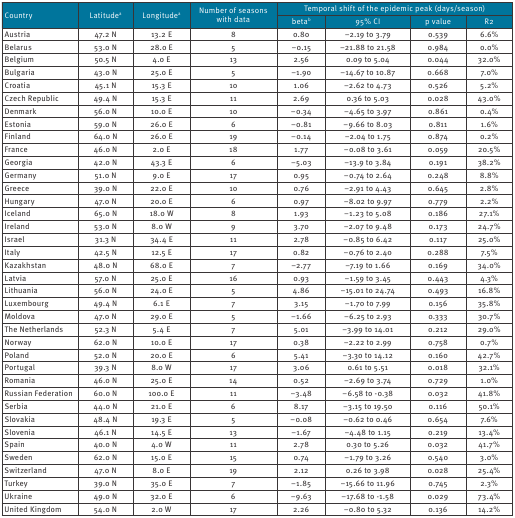
<table><thead><tr><td rowspan="2"><b>Country</b></td><td rowspan="2"><b>Latitude<sup>a</sup></b></td><td rowspan="2"><b>Longitude<sup>a</sup></b></td><td rowspan="2"><b>Number of seasons with data</b></td><td colspan="4"><b>Temporal shift of the epidemic peak (days/season)</b></td></tr><tr><td><b>beta<sup>b</sup></b></td><td><b>95% CI</b></td><td><b>p value</b></td><td><b>R2</b></td></tr></thead><tbody><tr><td>Austria</td><td>47.2 N</td><td>13.2 E</td><td>8</td><td>0.80</td><td>−2.19 to 3.79</td><td>0.539</td><td>6.6%</td></tr><tr><td>Belarus</td><td>53.0 N</td><td>28.0 E</td><td>5</td><td>−0.15</td><td>−21.88 to 21.58</td><td>0.984</td><td>0.0%</td></tr><tr><td>Belgium</td><td>50.5 N</td><td>4.0 E</td><td>13</td><td>2.56</td><td>0.09 to 5.04</td><td>0.044</td><td>32.0%</td></tr><tr><td>Bulgaria</td><td>43.0 N</td><td>25.0 E</td><td>5</td><td>−1.90</td><td>−14.67 to 10.87</td><td>0.668</td><td>7.0%</td></tr><tr><td>Croatia</td><td>45.1 N</td><td>15.3 E</td><td>10</td><td>1.06</td><td>−2.62 to 4.73</td><td>0.526</td><td>5.2%</td></tr><tr><td>Czech Republic</td><td>49.4 N</td><td>15.3 E</td><td>11</td><td>2.69</td><td>0.36 to 5.03</td><td>0.028</td><td>43.0%</td></tr><tr><td>Denmark</td><td>56.0 N</td><td>10.0 E</td><td>10</td><td>−0.34</td><td>−4.65 to 3.97</td><td>0.861</td><td>0.4%</td></tr><tr><td>Estonia</td><td>59.0 N</td><td>26.0 E</td><td>6</td><td>−0.81</td><td>−9.66 to 8.03</td><td>0.811</td><td>1.6%</td></tr><tr><td>Finland</td><td>64.0 N</td><td>26.0 E</td><td>19</td><td>−0.14</td><td>−2.04 to 1.75</td><td>0.874</td><td>0.2%</td></tr><tr><td>France</td><td>46.0 N</td><td>2.0 E</td><td>18</td><td>1.77</td><td>−0.08 to 3.61</td><td>0.059</td><td>20.5%</td></tr><tr><td>Georgia</td><td>42.0 N</td><td>43.3 E</td><td>6</td><td>−5.03</td><td>−13.9 to 3.84</td><td>0.191</td><td>38.2%</td></tr><tr><td>Germany</td><td>51.0 N</td><td>9.0 E</td><td>17</td><td>0.95</td><td>−0.74 to 2.64</td><td>0.248</td><td>8.8%</td></tr><tr><td>Greece</td><td>39.0 N</td><td>22.0 E</td><td>10</td><td>0.76</td><td>−2.91 to 4.43</td><td>0.645</td><td>2.8%</td></tr><tr><td>Hungary</td><td>47.0 N</td><td>20.0 E</td><td>6</td><td>0.97</td><td>−8.02 to 9.97</td><td>0.779</td><td>2.2%</td></tr><tr><td>Iceland</td><td>65.0 N</td><td>18.0 W</td><td>8</td><td>1.93</td><td>−1.23 to 5.08</td><td>0.186</td><td>27.1%</td></tr><tr><td>Ireland</td><td>53.0 N</td><td>8.0 W</td><td>9</td><td>3.70</td><td>−2.07 to 9.48</td><td>0.173</td><td>24.7%</td></tr><tr><td>Israel</td><td>31.3 N</td><td>34.4 E</td><td>11</td><td>2.78</td><td>−0.85 to 6.42</td><td>0.117</td><td>25.0%</td></tr><tr><td>Italy</td><td>42.5 N</td><td>12.5 E</td><td>17</td><td>0.82</td><td>−0.76 to 2.40</td><td>0.288</td><td>7.5%</td></tr><tr><td>Kazakhstan</td><td>48.0 N</td><td>68.0 E</td><td>7</td><td>−2.77</td><td>−7.19 to 1.66</td><td>0.169</td><td>34.0%</td></tr><tr><td>Latvia</td><td>57.0 N</td><td>25.0 E</td><td>16</td><td>0.93</td><td>−1.59 to 3.45</td><td>0.443</td><td>4.3%</td></tr><tr><td>Lithuania</td><td>56.0 N</td><td>24.0 E</td><td>5</td><td>4.86</td><td>−15.01 to 24.74</td><td>0.493</td><td>16.8%</td></tr><tr><td>Luxembourg</td><td>49.4 N</td><td>6.1 E</td><td>7</td><td>3.15</td><td>−1.70 to 7.99</td><td>0.156</td><td>35.8%</td></tr><tr><td>Moldova</td><td>47.0 N</td><td>29.0 E</td><td>5</td><td>−1.66</td><td>−6.25 to 2.93</td><td>0.333</td><td>30.7%</td></tr><tr><td>The Netherlands</td><td>52.3 N</td><td>5.4 E</td><td>7</td><td>5.01</td><td>−3.99 to 14.01</td><td>0.212</td><td>29.0%</td></tr><tr><td>Norway</td><td>62.0 N</td><td>10.0 E</td><td>17</td><td>0.38</td><td>−2.22 to 2.99</td><td>0.758</td><td>0.7%</td></tr><tr><td>Poland</td><td>52.0 N</td><td>20.0 E</td><td>6</td><td>5.41</td><td>−3.30 to 14.12</td><td>0.160</td><td>42.7%</td></tr><tr><td>Portugal</td><td>39.3 N</td><td>8.0 W</td><td>17</td><td>3.06</td><td>0.61 to 5.51</td><td>0.018</td><td>32.1%</td></tr><tr><td>Romania</td><td>46.0 N</td><td>25.0 E</td><td>14</td><td>0.52</td><td>−2.69 to 3.74</td><td>0.729</td><td>1.0%</td></tr><tr><td>Russian Federation</td><td>60.0 N</td><td>100.0 E</td><td>11</td><td>−3.48</td><td>−6.58 to -0.38</td><td>0.032</td><td>41.8%</td></tr><tr><td>Serbia</td><td>44.0 N</td><td>21.0 E</td><td>6</td><td>8.17</td><td>−3.15 to 19.50</td><td>0.116</td><td>50.1%</td></tr><tr><td>Slovakia</td><td>48.4 N</td><td>19.3 E</td><td>5</td><td>−0.08</td><td>−0.62 to 0.46</td><td>0.654</td><td>7.6%</td></tr><tr><td>Slovenia</td><td>46.1 N</td><td>14.5 E</td><td>13</td><td>−1.67</td><td>−4.48 to 1.15</td><td>0.219</td><td>13.4%</td></tr><tr><td>Spain</td><td>40.0 N</td><td>4.0 W</td><td>11</td><td>2.78</td><td>0.30 to 5.26</td><td>0.032</td><td>41.7%</td></tr><tr><td>Sweden</td><td>62.0 N</td><td>15.0 E</td><td>15</td><td>0.74</td><td>−1.79 to 3.26</td><td>0.540</td><td>3.0%</td></tr><tr><td>Switzerland</td><td>47.0 N</td><td>8.0 E</td><td>19</td><td>2.12</td><td>0.26 to 3.98</td><td>0.028</td><td>25.4%</td></tr><tr><td>Turkey</td><td>39.0 N</td><td>35.0 E</td><td>7</td><td>−1.85</td><td>−15.66 to 11.96</td><td>0.745</td><td>2.3%</td></tr><tr><td>Ukraine</td><td>49.0 N</td><td>32.0 E</td><td>6</td><td>−9.63</td><td>−17.68 to -1.58</td><td>0.029</td><td>73.4%</td></tr><tr><td>United Kingdom</td><td>54.0 N</td><td>2.0 W</td><td>17</td><td>2.26</td><td>−0.80 to 5.32</td><td>0.136</td><td>14.2%</td></tr></tbody></table>